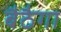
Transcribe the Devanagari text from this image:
बैठैगा